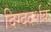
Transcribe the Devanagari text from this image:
दिग्ददर्शक